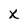
Character: X